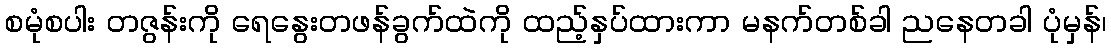
စမုံစပါး တဇွန်းကို ရေနွေးတဖန်ခွက်ထဲကို ထည့်နှပ်ထားကာ မနက်တစ်ခါ ညနေတခါ ပုံမှန်၊